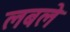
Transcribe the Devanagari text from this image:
लबले